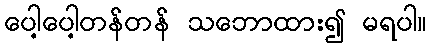
ပေါ့ပေါ့တန်တန် သဘောထား၍ မရပါ။